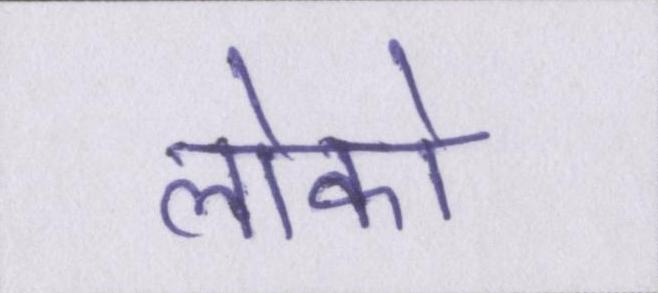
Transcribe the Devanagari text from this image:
लोको